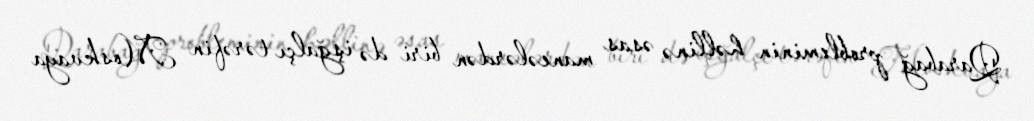
Qarabağ probleminin həllinə əsas maneələrdən biri də işğalçı tərəfin Moskvaya